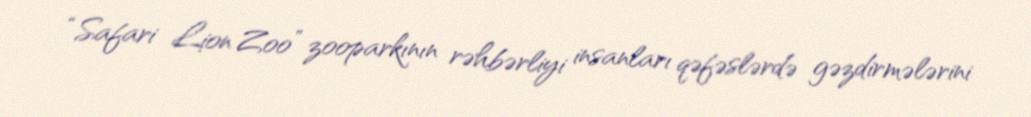
“Safari Lion Zoo” zooparkının rəhbərliyi insanları qəfəslərdə gəzdirmələrini